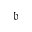
\mathfrak { b }